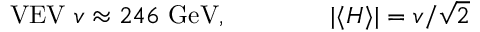
{ \mathrm { V E V ~ } } v \approx 2 4 6 { \mathrm { ~ G e V } } , \qquad \qquad | \langle H \rangle | = v / { \sqrt { 2 } }